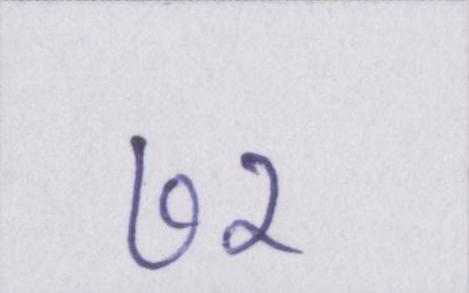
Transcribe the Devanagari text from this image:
७२